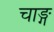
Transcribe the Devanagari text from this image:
चाङ्ग